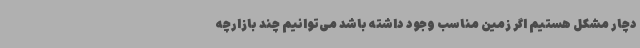
دچار مشکل هستیم اگر زمین مناسب وجود داشته باشد می‌توانیم چند بازارچه